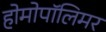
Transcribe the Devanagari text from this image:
होमोपॉलिमर